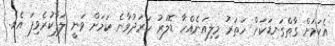
އެކަމަށް ގާތްގަނޑަކަށް ހަތަރު މިލިއަނެއްހާ ޑޮލަރު ހަރަދުވާނެ ކަމަށް ވަނީ ލަފާކުރެވިފަ އެވެ.